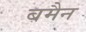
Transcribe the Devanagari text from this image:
बमैन